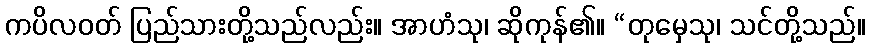
ကပိလဝတ် ပြည်သားတို့သည်လည်း။ အာဟံသု၊ ဆိုကုန်၏။ “တုမှေသု၊ သင်တို့သည်။